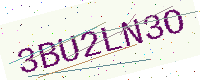
Text: 3BU2LN3O